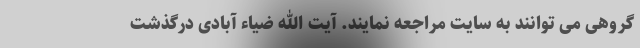
گروهی می توانند به سایت مراجعه نمایند. آیت الله ضیاء آبادی درگذشت